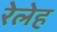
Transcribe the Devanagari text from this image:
रेलेह